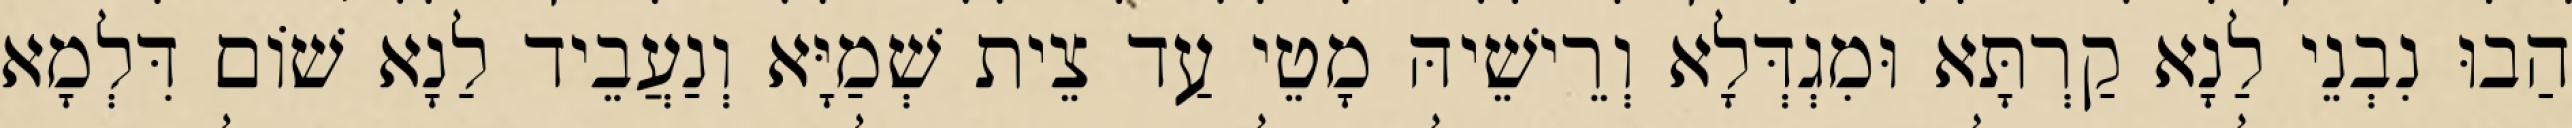
הַבוּ נִבְנֵי לַנָא קַרְתָּא וּמִגְדְּלָא וְרֵישֵׁיהּ מָטֵי עַד צֵית שְׁמַיָּא וְנַעֲבֵיד לַנָא שׁוֹם דִּלְמָא